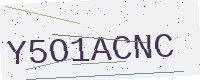
Text: Y5O1ACNC